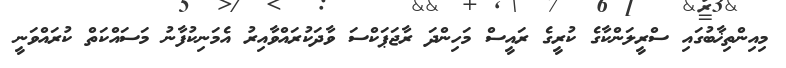
މިއިންތިޚާބުގައި ސްރީލަންކާގެ ކުރީގެ ރައީސް މަހިންދަ ރާޖަޕަކްސަ ވާދަކުރައްވާއިރު އެމަނިކުފާނު މަސައްކަތް ކުރައްވަނީ